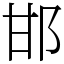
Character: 邯